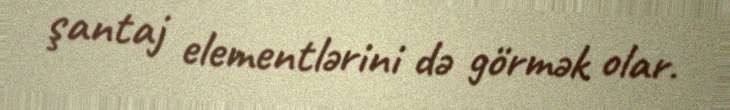
şantaj elementlərini də görmək olar.